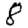
Digit: 8